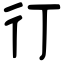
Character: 㣔